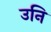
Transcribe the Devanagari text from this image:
उनि